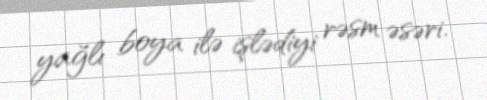
yağlı boya ilə işlədiyi rəsm əsəri.